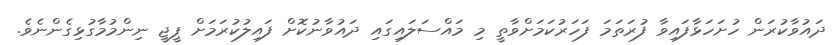
ދައުވާކުރަން ހުށަހަޅާފައިވާ ފުރަތަމަ ފަހަރުކަމަށްވާތީ މި މައްސަލައިގައި ދައުވާނުކޮށް ފައިލުކުރަމަށް ޕީޖީ ނިންމުމާގުޅިގެންނެވެ.